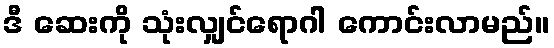
ဒီ ဆေးကို သုံးလျှင်ရောဂါ ကောင်းလာမည်။